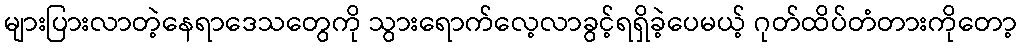
များပြားလာတဲ့နေရာဒေသတွေကို သွားရောက်လေ့လာခွင့်ရရှိခဲ့ပေမယ့် ဂုတ်ထိပ်တံတားကိုတော့